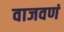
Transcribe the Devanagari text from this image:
वाजवणं